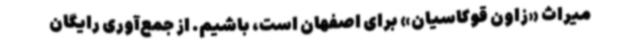
میراث «زاون قوکاسیان» برای اصفهان است، باشیم. از جمع‌آوری رایگان